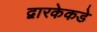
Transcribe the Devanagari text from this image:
द्वारकेकडे